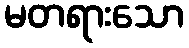
မတရားသော